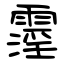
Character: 霪